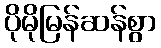
ပိုမိုမြန်ဆန်စွာ